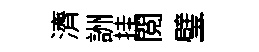
濟詶挂閲璧